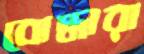
বোদ্ধারা